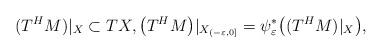
LaTeX: \begin{align*}\begin{aligned}(T^{H}M)|_{X}\subset TX,\big(T^{H}M\big)|_{X _{(-\varepsilon, 0]}}=\psi_{\varepsilon}^{*}\big((T^{H}M)|_{X}\big),\end{aligned}\end{align*}